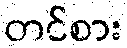
တင်စား